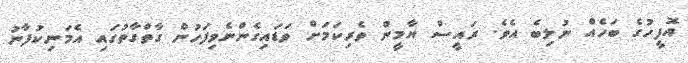
އޮފީހުގެ ބަހެއް ނުލިބެ އެވެ. ރައީސް ޔާމީން ވެރިކަމަށް ވަޑައިގެންނެވިފަހުން ގާތްގާތުގައި އެމަނިކުފާނު